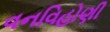
વનવિહોણી